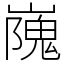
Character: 㠕